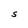
Character: S